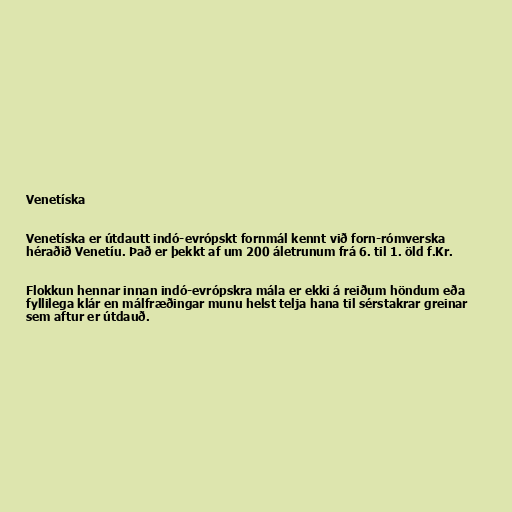
Venetíska

Venetíska er útdautt indó-evrópskt fornmál kennt við forn-rómverska
héraðið Venetíu. Það er þekkt af um 200 áletrunum frá 6. til 1. öld f.Kr.

Flokkun hennar innan indó-evrópskra mála er ekki á reiðum höndum eða
fyllilega klár en málfræðingar munu helst telja hana til sérstakrar greinar
sem aftur er útdauð.